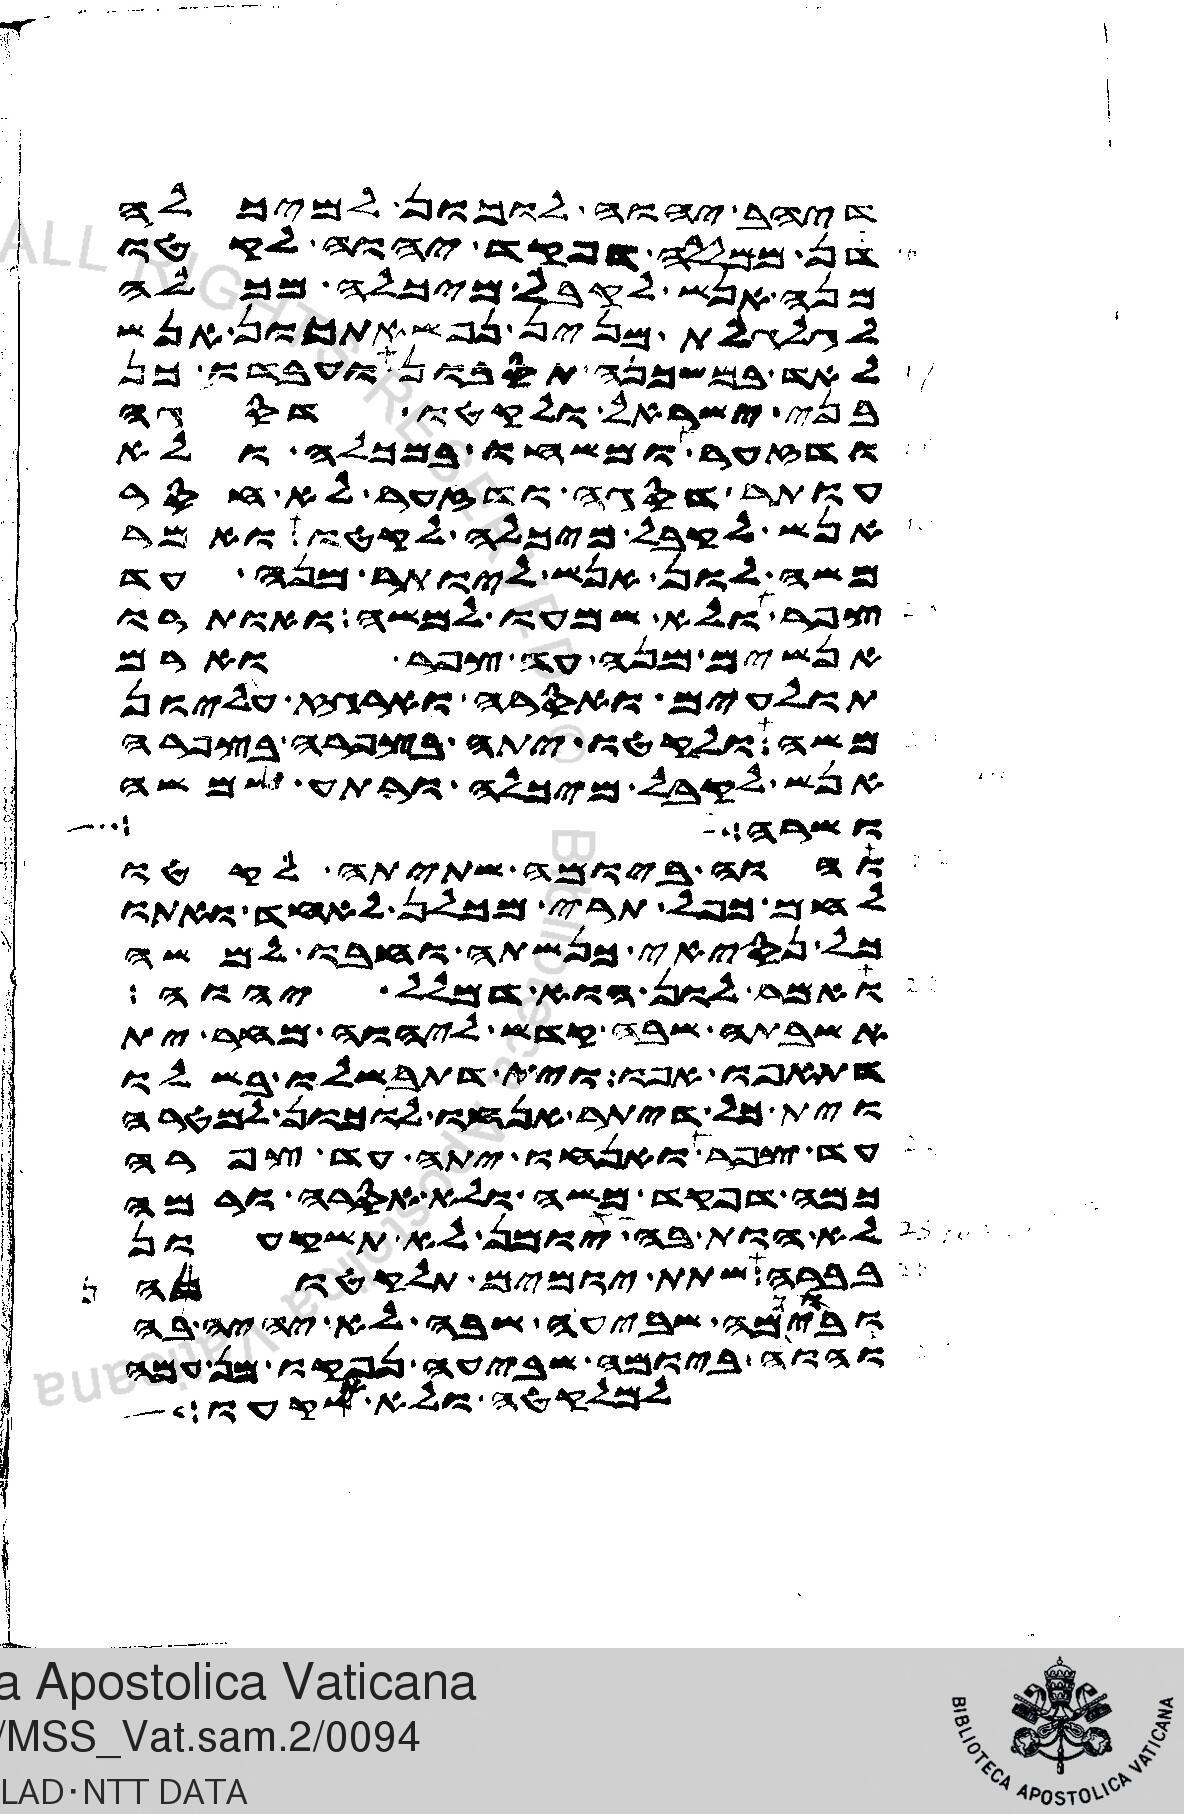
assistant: דיהב יהוה לוכון למיכלה
דן ממללה דפקד יהוה לקטו
מנה אנש לקבל מיכלה מכלה
לגלגלת מנין נפשאתכון אנש
לאד במשכנה תסבון ועבדו כן
בני ישראל ולקטו דסגה
ודזער ומשחו במכלה ולא
עותר דסגה ודזער לא חסר
אנש לקבל מיכלה לקטו ואמר
משה לון אנש ליותר מנה עד
צפר ולא שמעו למשה ואותרו
אנשים מנה עד צפר וארם
תולעים ואסרה וארגז עליון
משה ולקטו יתה בצפרה בצפרה
אנש לקבל מיכלה ורתע שמשה
ושרה
והוה ביומה שתיתה לקטו
לחם כפל תרי מכלן לאחד ואתו
כל נסיאי כנשתה וחבו למשה
ואמר לון הוא דמלל יהוה
אשבתה שבה קדש ליהוה מחר ית
דתאפו אפו וית דתבשלו בשלו
וית כל דיתר אנחו לוכון למטרה
עד צפר ואנחו יתה עד צפרה
כמה דפקד משה ולא אסרה ורמה
לא הות בה יומן לא תשכעון
בברה שתת יומים תלקתונה
וביומה שביעה שבה לא יהיה בה
והוה ביומה שביעה נפקו מן עמה
למלקטה ולא אשקעו